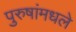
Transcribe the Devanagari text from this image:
पुरुषांमधले